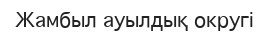
Жамбыл ауылдық округі